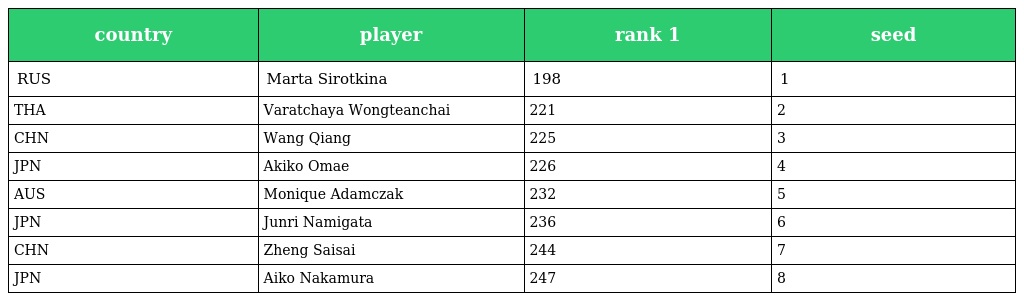
| country | player | rank 1 | seed |
 | --- | --- | --- | --- |
 | RUS | Marta Sirotkina | 198 | 1 |
 | THA | Varatchaya Wongteanchai | 221 | 2 |
 | CHN | Wang Qiang | 225 | 3 |
 | JPN | Akiko Omae | 226 | 4 |
 | AUS | Monique Adamczak | 232 | 5 |
 | JPN | Junri Namigata | 236 | 6 |
 | CHN | Zheng Saisai | 244 | 7 |
 | JPN | Aiko Nakamura | 247 | 8 |